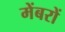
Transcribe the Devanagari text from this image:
मेंबरों